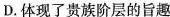
D.体现了贵族阶层的旨趣